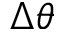
\Delta \theta